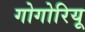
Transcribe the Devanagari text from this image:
गोगोरियू